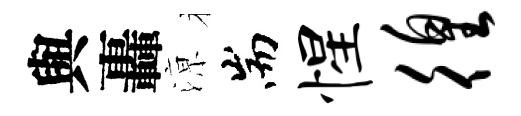
與轟鿌耑惺徨